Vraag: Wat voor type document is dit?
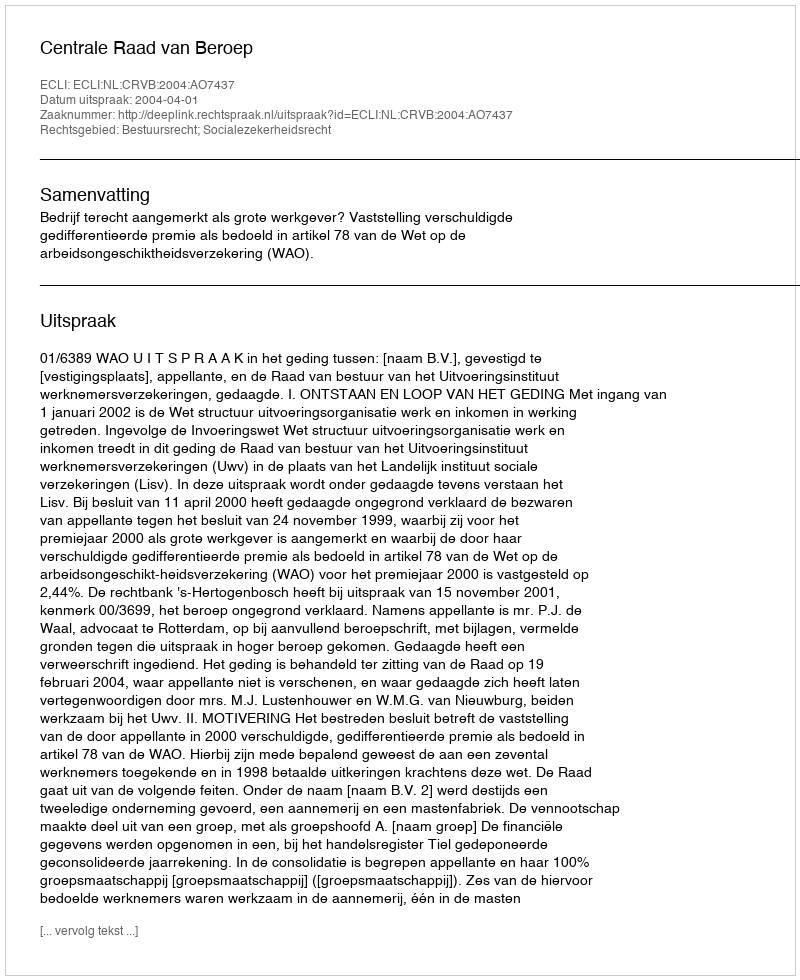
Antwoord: Uitspraak